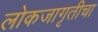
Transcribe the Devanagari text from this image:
लोकजागृतीचा